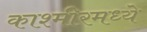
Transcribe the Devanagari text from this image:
काश्‍मीरमध्ये